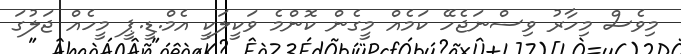
މިވެސް މިހާރު ވިސްނަޖެހޭ ކަމެއް މީގެން ކޮންމެ ވަކީލަކީ އެމް.ޑީ.ޕީ މީހެއް ޖަލުގަ